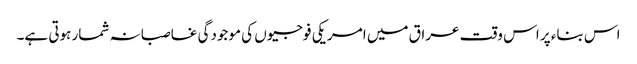
اس بناء پر اس وقت عراق میں امریکی فوجیوں کی موجودگی غاصبانہ شمار ہوتی ہے۔